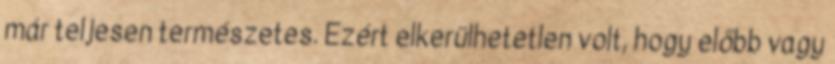
már teljesen természetes. Ezért elkerülhetetlen volt, hogy előbb vagy